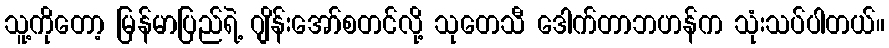
သူ့ကိုတော့ မြန်မာပြည်ရဲ့ ဂျိန်းအော်စတင်လို့ သုတေသီ ဒေါက်တာဘဟန်က သုံးသပ်ပါတယ်။